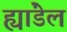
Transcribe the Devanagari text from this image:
ह्यांडेल